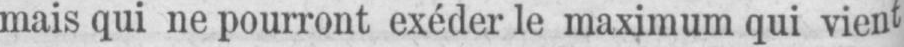
mais qui ne pourront exéder le maximum qui vient